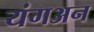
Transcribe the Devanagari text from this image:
यंगअन